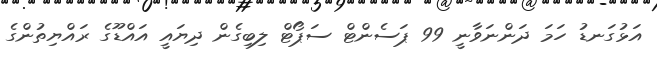
އަޅުގަނޑު ހަމަ ދަންނަވާނީ 99 ޕަސެންޓް ސަޕޯޓް ލިބިގެން ދިޔައީ އައްޑޫގެ ރައްޔިތުންގެ